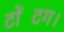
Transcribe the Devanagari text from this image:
टोंटिंग।